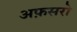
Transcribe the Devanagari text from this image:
अफ़सरो